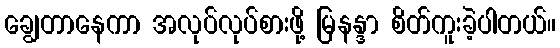
ချွေတာနေကာ အလုပ်လုပ်စားဖို့ မြနန္ဒာ စိတ်ကူးခဲ့ပါတယ်။